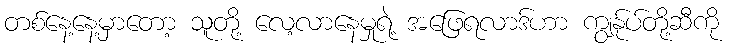
တစ်နေ့နေ့မှာတော့ သူတို့ လေ့လာနေမှုရဲ့ အဖြေရလာဒ်ဟာ ကျွန်ုပ်တို့ဆီကို